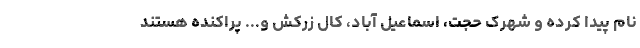
نام پیدا کرده و شهرک حجت، اسماعیل آباد، کال زرکش و... پراکنده هستند